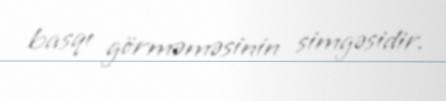
basqı görməməsinin simgəsidir.